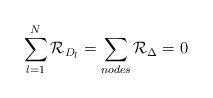
LaTeX: \begin{align*}\sum_{l=1}^{N} {\cal R}_{D_{l}} = \sum_{nodes} {\cal R}_{\Delta} = 0\end{align*}